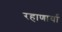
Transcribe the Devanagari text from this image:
रहाणार्या